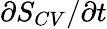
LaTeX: {\partial S_{CV}}/{\partial t}